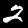
Label: 2